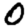
Digit: 0